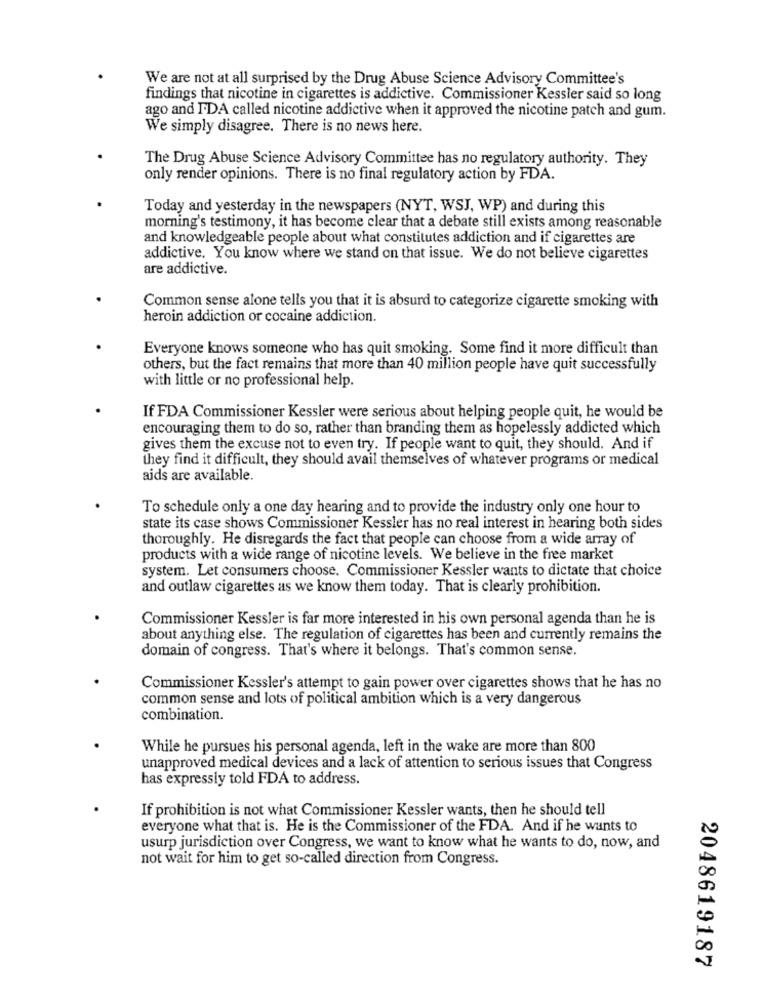
We are not at all surprised by the Drug Abuse Science Advisory Committee's
findings that nicotine in cigarettes is addictive. Commissioner Kessler said so long
ago and FDA called nicotine addictive when it approved the nicotine patch and gum.
We simply disagree. There is no news here.
The Drug Abuse Science Advisory Committee has no regulatory authority. They
only render opinions. There is no final regulatory action by FDA.
Today and yesterday in the newspapers (NYT, WSJ, WP) and during this
morning's testimony, it has become clear that a debate still exists among reasonable
and knowledgeable people about what constitutes addiction and if cigarettes are
addictive. You know where we stand on that issue. We do not believe cigarettes
are addictive.
Common sense alone tells you that it is absurd to categorize cigarette smoking with
heroin addiction or cocaine addiction.
Everyone knows someone who has quit smoking. Some find it more difficult than
others, but the fact remains that more than 40 million people have quit successfully
with little or no professional help.
If FDA Commissioner Kessler were serious about helping people quit, he would be
encouraging them to do so, rather than branding them as hopelessly addicted which
gives them the excuse not to even try. If people want to quit, they should. And if
they find it difficult, they should avail themselves of whatever programs or medical
aids are available.
To schedule only a one day hearing and to provide the industry only one hour to
state its case shows Commissioner Kessler has no real interest in hearing both sides
thoroughly. He disregards the fact that people can choose from a wide array of
products with a wide range of nicotine levels. We believe in the free market
system. Let consumers choose. Commissioner Kessler wants to dictate that choice
and outlaw cigarettes as we know them today. That is clearly prohibition.
Commissioner Kessler is far more interested in his own personal agenda than he is
about anything else. The regulation of cigarettes has been and currently remains the
domain of congress. That's where it belongs. That's common sense.
Commissioner Kessler's attempt to gain power over cigarettes shows that he has no
common sense and lots of political ambition which is a very dangerous
combination.
While he pursues his personal agenda, left in the wake are more than 800
unapproved medical devices and a lack of attention to serious issues that Congress
has expressly told FDA to address.
If prohibition is not what Commissioner Kessler wants, then he should tell
everyone what that is. He is the Commissioner of the FDA. And if he wants to
usurp jurisdiction over Congress, we want to know what he wants to do, now, and
not wait for him to get so-called direction from Congress.
2048619187